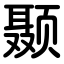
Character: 颞